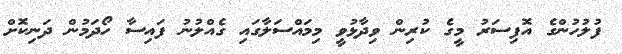
ފުލުހުންގެ އޮފިސަރު މީގެ ކުރިން ވިދާޅުވީ މިމައްސަލާގައި ގެއްލުނު ފައިސާ ހޯދަމުން ދަނިިކޮށް